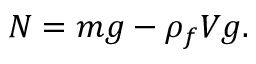
N = m g - \rho _ { f } V g .